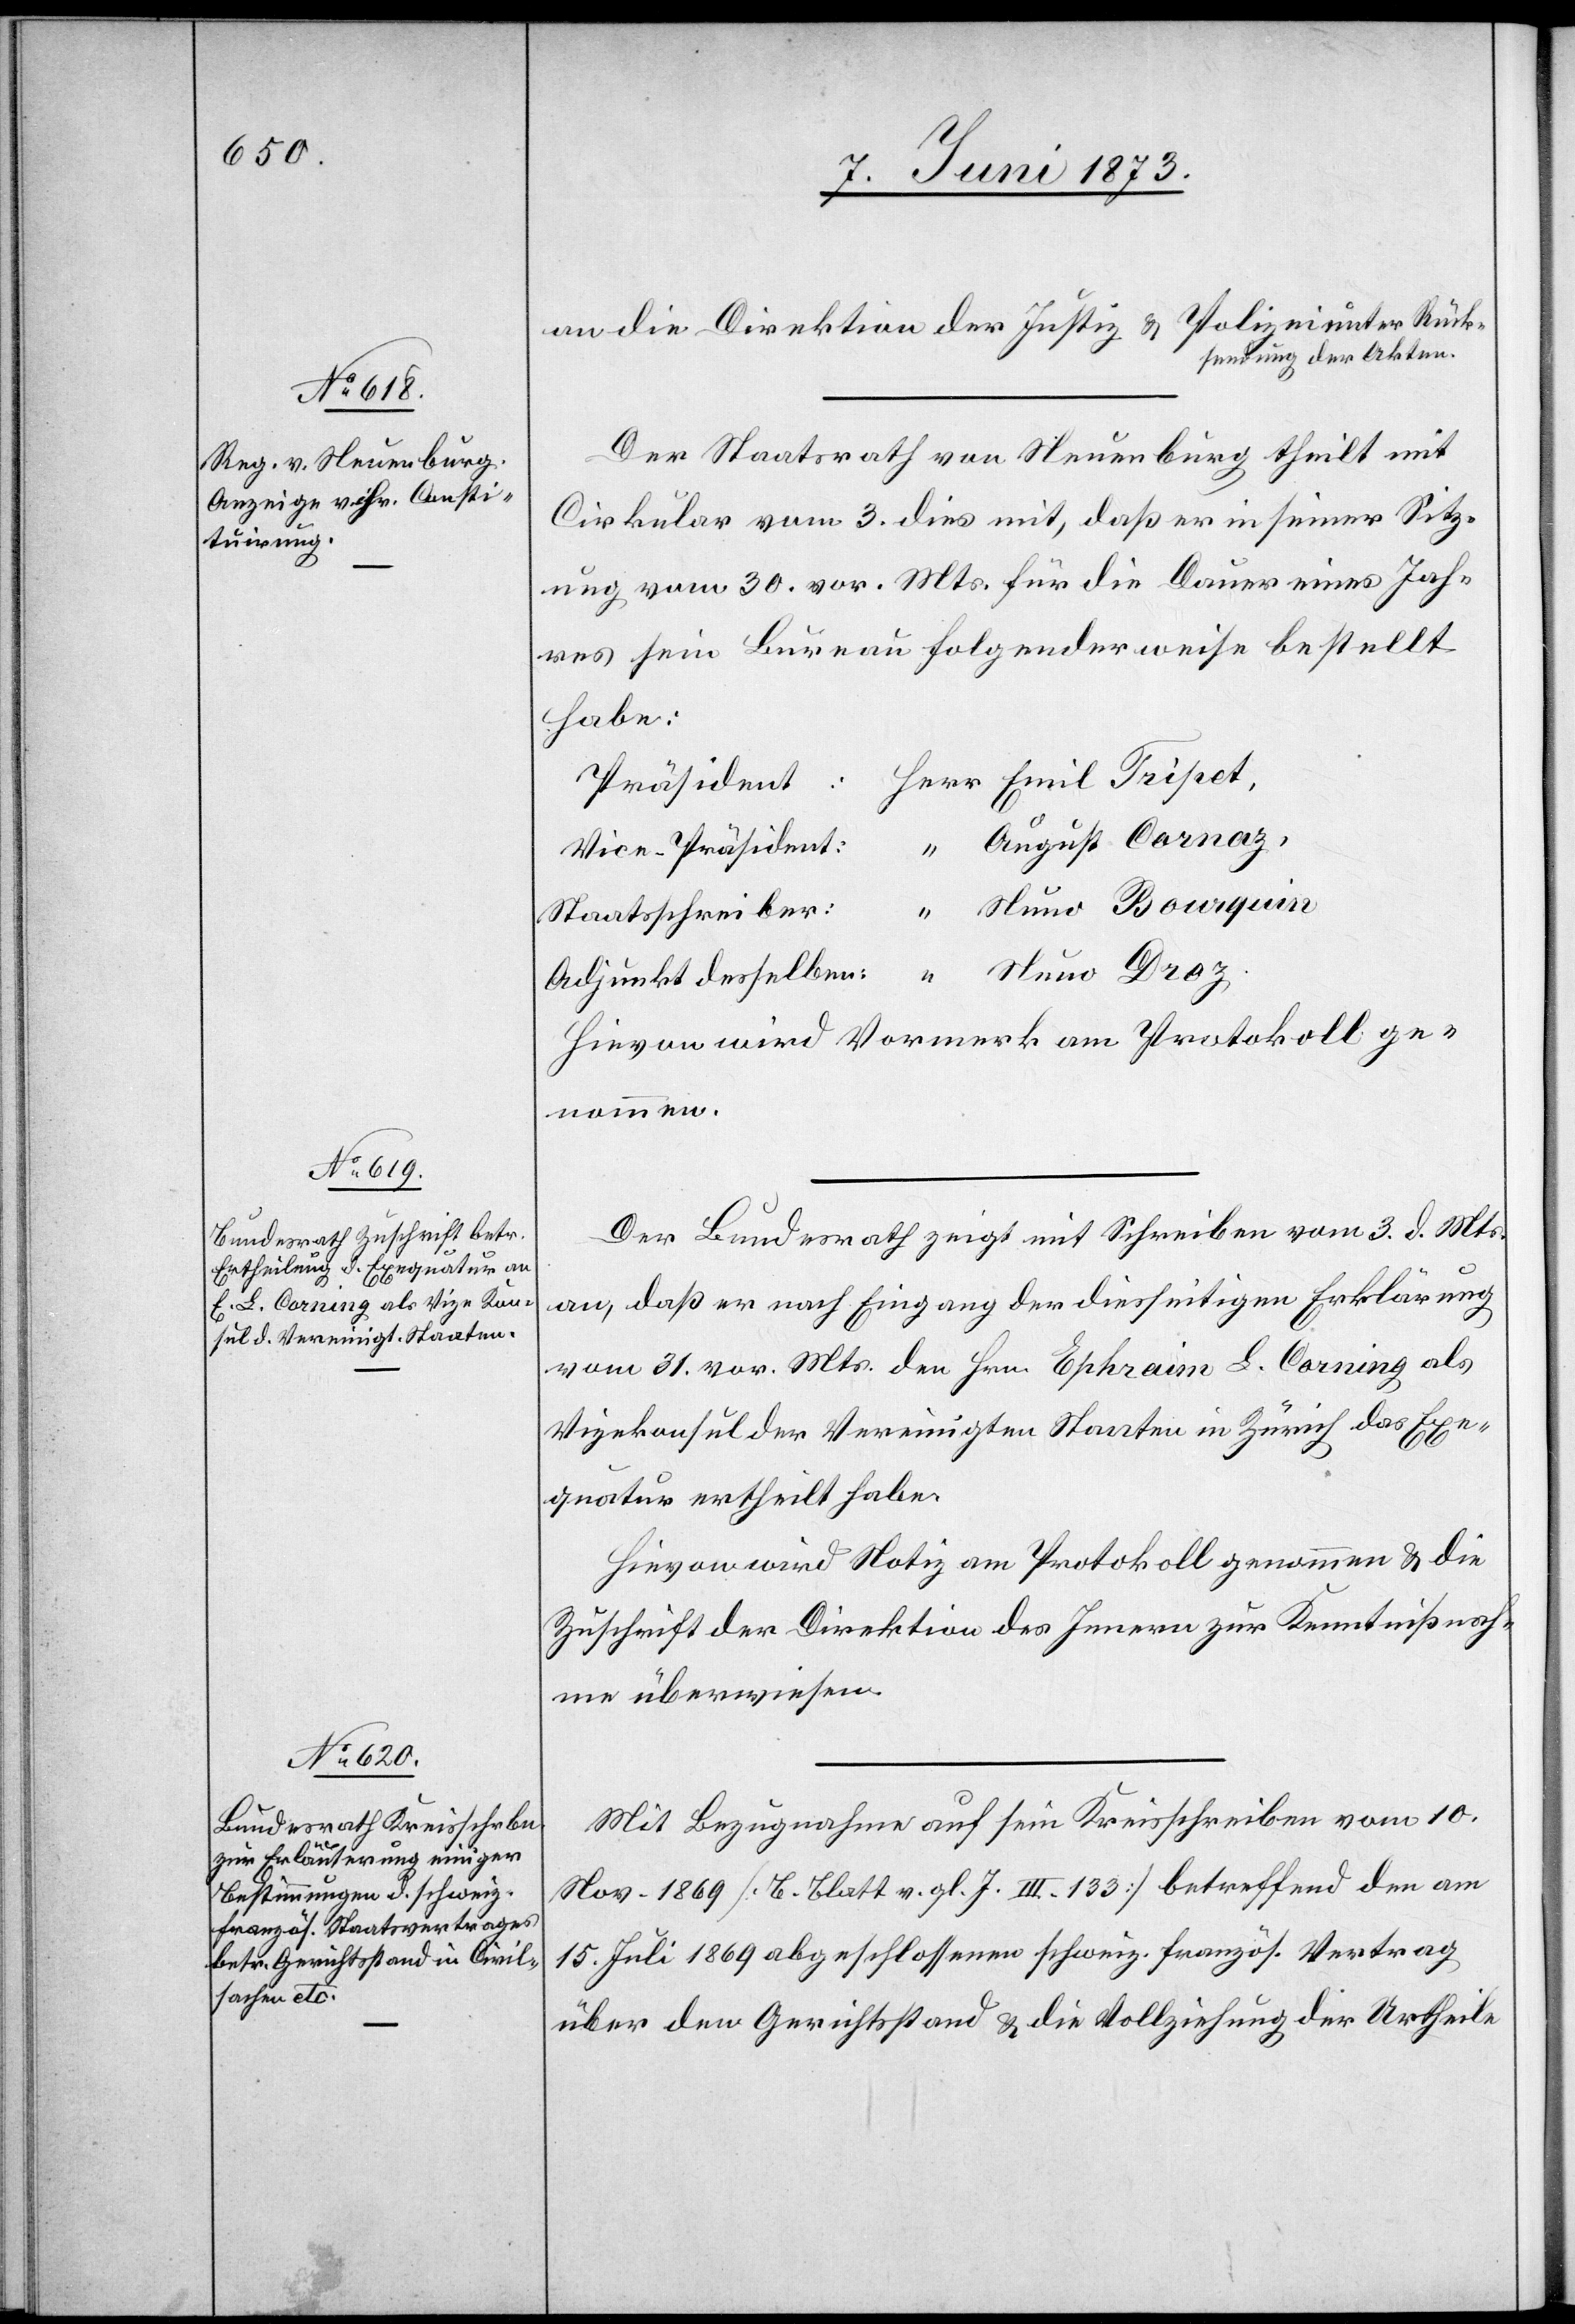
an die Direktion der Justiz & Polizei unter Rück¬
sendung der Akten.
Der Staatsrath von Neuenburg theilt mit
Cirkular vom 3. dies mit, daß er in seiner Sitz¬
ung vom 30. vor. Mts. für die Dauer eines Jah¬
res sein Bureau folgenderweise bestellt
habe:
August Cornaz,
als
Vice-Präsident:
Nuno Bourquin
Staatsschreiber:
Nuno Droz.
Adjunkt desselben:
Hievon wird Vormerk am Protokoll ge¬
Der Bundesrath zeigt mit Schreiben vom 3. d. Mts.
an, daß er nach Eingang der diesseitigen Erklärung
Vizekonsul der Vereinigten Staaten in Zürich das Exe¬
quatur ertheilt habe.
Hievon wird Notiz am Protokoll genommen & die
Zuschrift der Direktion des Innern zur Kenntnißnah¬
me überwiesen.
Mit Bezugnahme auf sein Kreisschreiben vom 10.
Nov. 1869 [B. Blatt v. gl. J. III. 133] betreffend den am
15. Juli 1869 abgeschlossenen schweiz. französ. Vertrag
über den Gerichtsstand & die Vollziehung der Urtheile